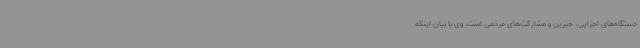
دستگاه‌های اجرایی، خیرین و مشارکت‌های مردمی است. وی با بیان اینکه